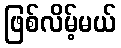
ဖြစ်လိမ့်မယ်